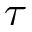
\tau